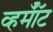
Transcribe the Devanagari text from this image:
व्हर्मॉँट